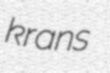
krans